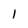
Character: I